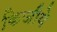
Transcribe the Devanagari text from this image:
किजीये